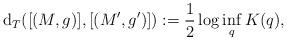
LaTeX: \begin{align*}{\rm d}_T([(M,g)],[(M',g')]):=\frac{1}{2}\,{\rm log}\inf_{q}K(q),\end{align*}